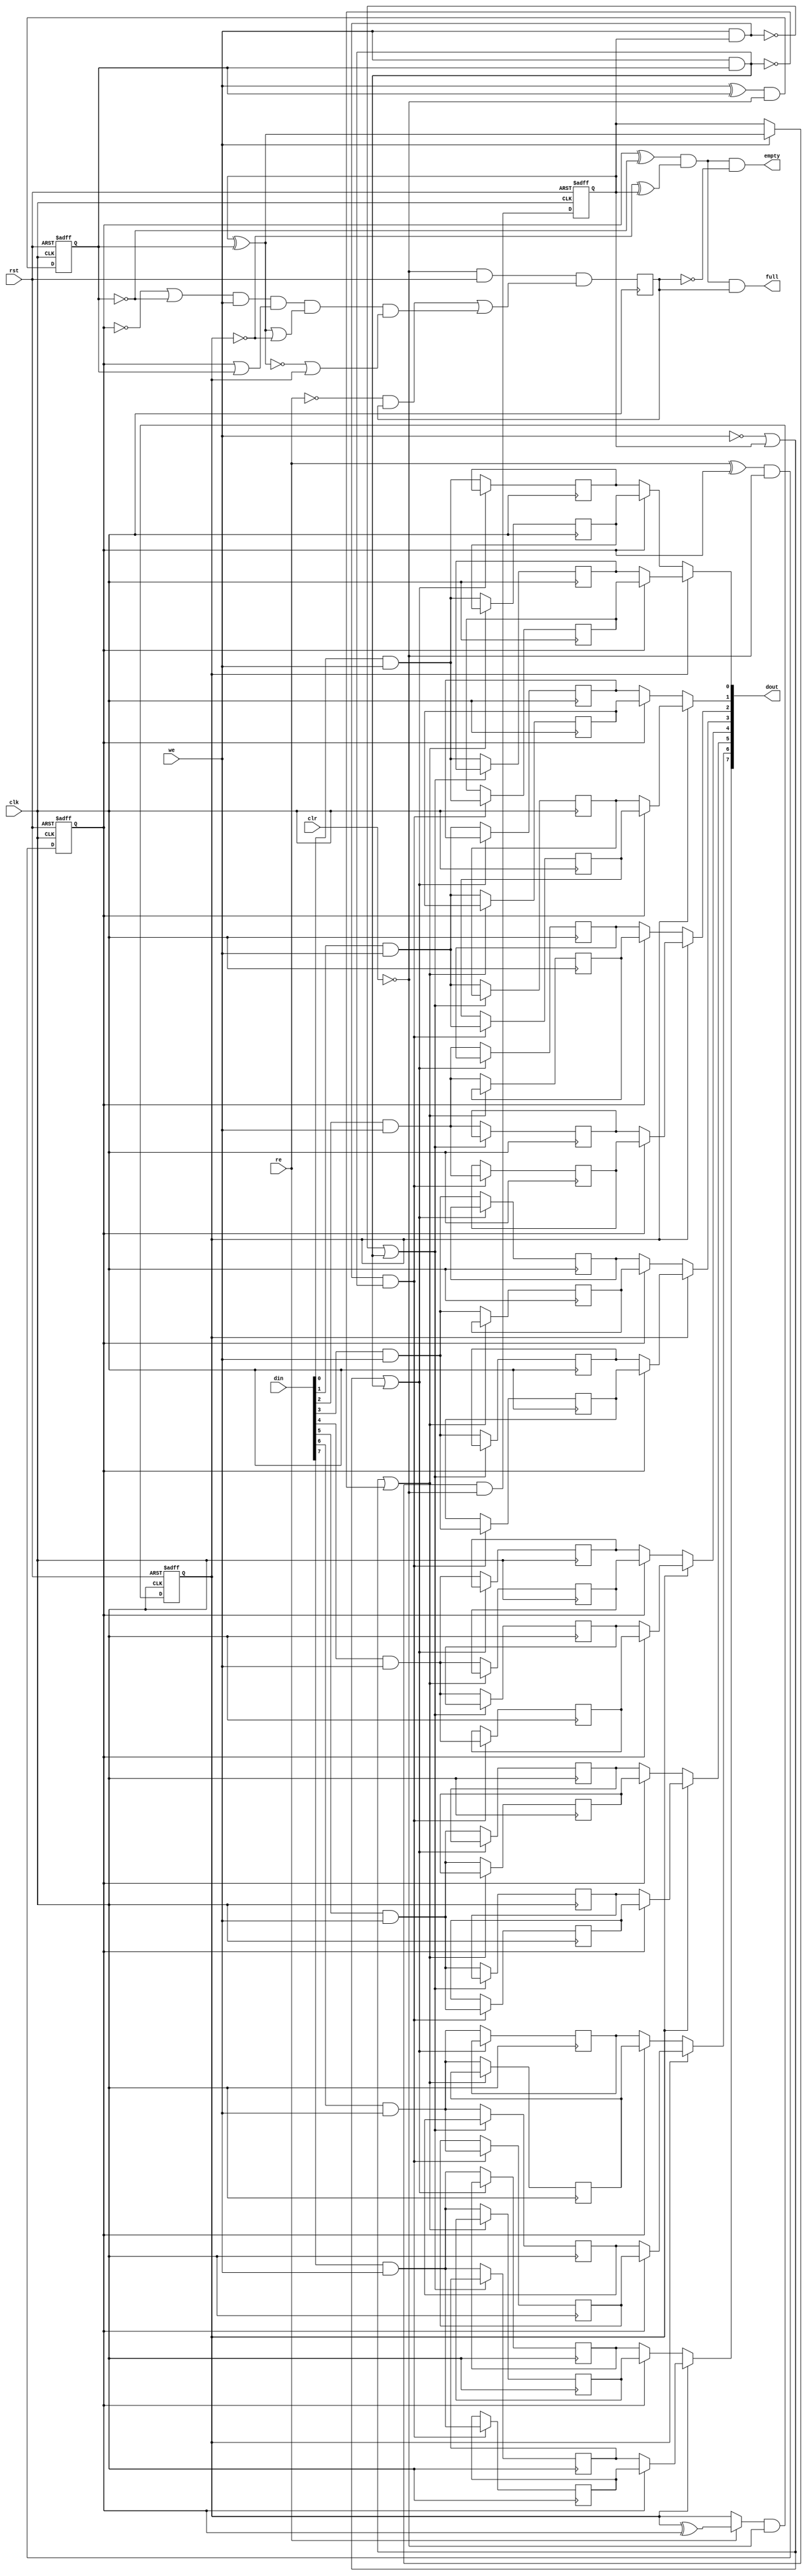
module sasc_fifo4(clk, rst, clr, din, we, dout, re, full, empty);
  wire _000_;
  wire [1:0] _001_;
  wire [1:0] _002_;
  wire _003_;
  wire _004_;
  wire _005_;
  wire _006_;
  wire _007_;
  wire _008_;
  wire _009_;
  wire _010_;
  wire _011_;
  wire _012_;
  wire _013_;
  wire _014_;
  wire _015_;
  wire _016_;
  wire _017_;
  wire _018_;
  wire _019_;
  wire _020_;
  wire _021_;
  wire _022_;
  wire _023_;
  wire _024_;
  wire _025_;
  wire _026_;
  wire _027_;
  wire _028_;
  wire _029_;
  wire _030_;
  wire _031_;
  wire _032_;
  wire _033_;
  wire _034_;
  wire _035_;
  wire _036_;
  wire _037_;
  wire _038_;
  wire _039_;
  wire _040_;
  wire _041_;
  wire _042_;
  wire _043_;
  wire _044_;
  wire _045_;
  wire _046_;
  wire _047_;
  wire _048_;
  wire _049_;
  wire _050_;
  wire _051_;
  wire _052_;
  wire _053_;
  wire _054_;
  wire _055_;
  wire _056_;
  wire _057_;
  wire _058_;
  wire _059_;
  wire _060_;
  wire _061_;
  wire _062_;
  wire _063_;
  wire [7:0] _064_;
  wire [7:0] _065_;
  wire [7:0] _066_;
  wire [7:0] _067_;
  input clk;
  input clr;
  input [7:0] din;
  output [7:0] dout;
  output empty;
  output full;
  reg gb;
  reg [7:0] \mem[0] ;
  reg [7:0] \mem[1] ;
  reg [7:0] \mem[2] ;
  reg [7:0] \mem[3] ;
  input re;
  reg [1:0] rp;
  input rst;
  input we;
  reg [1:0] wp;
  assign _060_ = ~gb;
  assign _061_ = ~rp[1];
  assign _062_ = _061_ ^ wp[1];
  assign _063_ = ~wp[0];
  assign _003_ = rp[0] ^ _063_;
  assign _004_ = _003_ & _062_;
  assign empty = _004_ & _060_;
  assign full = _004_ & gb;
  assign _005_ = rp[0] ? \mem[3] [0] : \mem[2] [0];
  assign _006_ = rp[0] ? \mem[1] [0] : \mem[0] [0];
  assign dout[0] = rp[1] ? _005_ : _006_;
  assign _007_ = rp[0] ? \mem[3] [1] : \mem[2] [1];
  assign _008_ = rp[0] ? \mem[1] [1] : \mem[0] [1];
  assign dout[1] = rp[1] ? _007_ : _008_;
  assign _009_ = rp[0] ? \mem[3] [2] : \mem[2] [2];
  assign _010_ = rp[0] ? \mem[1] [2] : \mem[0] [2];
  assign dout[2] = rp[1] ? _009_ : _010_;
  assign _011_ = rp[0] ? \mem[3] [3] : \mem[2] [3];
  assign _012_ = rp[0] ? \mem[1] [3] : \mem[0] [3];
  assign dout[3] = rp[1] ? _011_ : _012_;
  assign _013_ = rp[0] ? \mem[3] [4] : \mem[2] [4];
  assign _014_ = rp[0] ? \mem[1] [4] : \mem[0] [4];
  assign dout[4] = rp[1] ? _013_ : _014_;
  assign _015_ = rp[0] ? \mem[3] [5] : \mem[2] [5];
  assign _016_ = rp[0] ? \mem[1] [5] : \mem[0] [5];
  assign dout[5] = rp[1] ? _015_ : _016_;
  assign _017_ = rp[0] ? \mem[3] [6] : \mem[2] [6];
  assign _018_ = rp[0] ? \mem[1] [6] : \mem[0] [6];
  assign dout[6] = rp[1] ? _017_ : _018_;
  assign _019_ = rp[0] ? \mem[3] [7] : \mem[2] [7];
  assign _020_ = rp[0] ? \mem[1] [7] : \mem[0] [7];
  assign dout[7] = rp[1] ? _019_ : _020_;
  assign _021_ = we & wp[0];
  assign _022_ = ~we;
  assign _023_ = _022_ | wp[1];
  assign _024_ = _023_ | _021_;
  assign _025_ = din[0] & we;
  assign _064_[0] = _024_ ? \mem[0] [0] : _025_;
  assign _026_ = din[1] & we;
  assign _064_[1] = _024_ ? \mem[0] [1] : _026_;
  assign _027_ = din[2] & we;
  assign _064_[2] = _024_ ? \mem[0] [2] : _027_;
  assign _028_ = din[3] & we;
  assign _064_[3] = _024_ ? \mem[0] [3] : _028_;
  assign _029_ = din[4] & we;
  assign _064_[4] = _024_ ? \mem[0] [4] : _029_;
  assign _030_ = din[5] & we;
  assign _064_[5] = _024_ ? \mem[0] [5] : _030_;
  assign _031_ = din[6] & we;
  assign _064_[6] = _024_ ? \mem[0] [6] : _031_;
  assign _032_ = din[7] & we;
  assign _064_[7] = _024_ ? \mem[0] [7] : _032_;
  assign _033_ = ~_021_;
  assign _034_ = _023_ | _033_;
  assign _065_[0] = _034_ ? \mem[1] [0] : _025_;
  assign _065_[1] = _034_ ? \mem[1] [1] : _026_;
  assign _065_[2] = _034_ ? \mem[1] [2] : _027_;
  assign _065_[3] = _034_ ? \mem[1] [3] : _028_;
  assign _065_[4] = _034_ ? \mem[1] [4] : _029_;
  assign _065_[5] = _034_ ? \mem[1] [5] : _030_;
  assign _065_[6] = _034_ ? \mem[1] [6] : _031_;
  assign _065_[7] = _034_ ? \mem[1] [7] : _032_;
  assign _035_ = we & wp[1];
  assign _036_ = ~_035_;
  assign _037_ = _036_ | _021_;
  assign _066_[0] = _037_ ? \mem[2] [0] : _025_;
  assign _066_[1] = _037_ ? \mem[2] [1] : _026_;
  assign _066_[2] = _037_ ? \mem[2] [2] : _027_;
  assign _066_[3] = _037_ ? \mem[2] [3] : _028_;
  assign _066_[4] = _037_ ? \mem[2] [4] : _029_;
  assign _066_[5] = _037_ ? \mem[2] [5] : _030_;
  assign _066_[6] = _037_ ? \mem[2] [6] : _031_;
  assign _066_[7] = _037_ ? \mem[2] [7] : _032_;
  assign _038_ = _035_ & _021_;
  assign _067_[0] = _038_ ? _025_ : \mem[3] [0];
  assign _067_[1] = _038_ ? _026_ : \mem[3] [1];
  assign _067_[2] = _038_ ? _027_ : \mem[3] [2];
  assign _067_[3] = _038_ ? _028_ : \mem[3] [3];
  assign _067_[4] = _038_ ? _029_ : \mem[3] [4];
  assign _067_[5] = _038_ ? _030_ : \mem[3] [5];
  assign _067_[6] = _038_ ? _031_ : \mem[3] [6];
  assign _067_[7] = _038_ ? _032_ : \mem[3] [7];
  assign _039_ = ~clr;
  assign _040_ = re ^ rp[0];
  assign _001_[0] = _040_ & _039_;
  assign _041_ = ~re;
  assign _042_ = rp[1] ^ rp[0];
  assign _043_ = _041_ ? rp[1] : _042_;
  assign _001_[1] = _043_ & _039_;
  assign _044_ = wp[1] ^ wp[0];
  assign _045_ = ~_044_;
  assign _046_ = _045_ | rp[1];
  assign _047_ = _044_ | _061_;
  assign _048_ = rp[0] | wp[0];
  assign _049_ = ~rp[0];
  assign _050_ = _049_ | _063_;
  assign _051_ = _050_ & we;
  assign _052_ = _051_ & _048_;
  assign _053_ = _052_ & _047_;
  assign _054_ = _053_ & _046_;
  assign _055_ = _041_ & gb;
  assign _056_ = _055_ | _054_;
  assign _057_ = _039_ & rst;
  assign _000_ = _057_ & _056_;
  assign _058_ = we ^ wp[0];
  assign _002_[0] = _058_ & _039_;
  assign _059_ = _022_ ? wp[1] : _044_;
  assign _002_[1] = _059_ & _039_;
  always @(posedge clk)
      \mem[0] [0] <= _064_[0];
  always @(posedge clk)
      \mem[0] [1] <= _064_[1];
  always @(posedge clk)
      \mem[0] [2] <= _064_[2];
  always @(posedge clk)
      \mem[0] [3] <= _064_[3];
  always @(posedge clk)
      \mem[0] [4] <= _064_[4];
  always @(posedge clk)
      \mem[0] [5] <= _064_[5];
  always @(posedge clk)
      \mem[0] [6] <= _064_[6];
  always @(posedge clk)
      \mem[0] [7] <= _064_[7];
  always @(posedge clk)
      \mem[1] [0] <= _065_[0];
  always @(posedge clk)
      \mem[1] [1] <= _065_[1];
  always @(posedge clk)
      \mem[1] [2] <= _065_[2];
  always @(posedge clk)
      \mem[1] [3] <= _065_[3];
  always @(posedge clk)
      \mem[1] [4] <= _065_[4];
  always @(posedge clk)
      \mem[1] [5] <= _065_[5];
  always @(posedge clk)
      \mem[1] [6] <= _065_[6];
  always @(posedge clk)
      \mem[1] [7] <= _065_[7];
  always @(posedge clk)
      \mem[2] [0] <= _066_[0];
  always @(posedge clk)
      \mem[2] [1] <= _066_[1];
  always @(posedge clk)
      \mem[2] [2] <= _066_[2];
  always @(posedge clk)
      \mem[2] [3] <= _066_[3];
  always @(posedge clk)
      \mem[2] [4] <= _066_[4];
  always @(posedge clk)
      \mem[2] [5] <= _066_[5];
  always @(posedge clk)
      \mem[2] [6] <= _066_[6];
  always @(posedge clk)
      \mem[2] [7] <= _066_[7];
  always @(posedge clk)
      \mem[3] [0] <= _067_[0];
  always @(posedge clk)
      \mem[3] [1] <= _067_[1];
  always @(posedge clk)
      \mem[3] [2] <= _067_[2];
  always @(posedge clk)
      \mem[3] [3] <= _067_[3];
  always @(posedge clk)
      \mem[3] [4] <= _067_[4];
  always @(posedge clk)
      \mem[3] [5] <= _067_[5];
  always @(posedge clk)
      \mem[3] [6] <= _067_[6];
  always @(posedge clk)
      \mem[3] [7] <= _067_[7];
  always @(posedge clk or negedge rst)
    if (!rst)
      rp[0] <= 0;
    else
      rp[0] <= _001_[0];
  always @(posedge clk or negedge rst)
    if (!rst)
      rp[1] <= 0;
    else
      rp[1] <= _001_[1];
  always @(posedge clk)
      gb <= _000_;
  always @(posedge clk or negedge rst)
    if (!rst)
      wp[0] <= 0;
    else
      wp[0] <= _002_[0];
  always @(posedge clk or negedge rst)
    if (!rst)
      wp[1] <= 0;
    else
      wp[1] <= _002_[1];
endmodule

module sasc_top(clk, rst, rxd_i, txd_o, cts_i, rts_o, sio_ce, sio_ce_x4, din_i, dout_o, re_i, we_i, full_o, empty_o);
  wire _000_;
  wire [1:0] _001_;
  wire [9:0] _002_;
  wire _003_;
  wire [3:0] _004_;
  wire _005_;
  wire _006_;
  wire _007_;
  wire [9:0] _008_;
  wire _009_;
  wire _010_;
  wire [3:0] _011_;
  wire _012_;
  wire _013_;
  wire _014_;
  wire _015_;
  wire _016_;
  wire _017_;
  wire _018_;
  wire _019_;
  wire _020_;
  wire _021_;
  wire _022_;
  wire _023_;
  wire _024_;
  wire _025_;
  wire _026_;
  wire _027_;
  wire _028_;
  wire _029_;
  wire _030_;
  wire _031_;
  wire _032_;
  wire _033_;
  wire _034_;
  wire _035_;
  wire _036_;
  wire _037_;
  wire _038_;
  wire _039_;
  wire _040_;
  wire _041_;
  wire _042_;
  wire _043_;
  wire _044_;
  wire _045_;
  wire _046_;
  wire _047_;
  wire _048_;
  wire _049_;
  wire _050_;
  wire _051_;
  wire _052_;
  wire _053_;
  wire _054_;
  wire _055_;
  wire _056_;
  wire _057_;
  wire _058_;
  wire _059_;
  wire _060_;
  wire _061_;
  wire _062_;
  wire _063_;
  wire _064_;
  wire _065_;
  wire _066_;
  wire _067_;
  wire _068_;
  wire _069_;
  wire _070_;
  wire _071_;
  wire _072_;
  wire _073_;
  wire _074_;
  wire _075_;
  wire _076_;
  wire _077_;
  wire _078_;
  wire _079_;
  wire _080_;
  wire _081_;
  wire _082_;
  wire _083_;
  wire _084_;
  wire _085_;
  wire _086_;
  wire _087_;
  wire _088_;
  wire _089_;
  wire _090_;
  wire _091_;
  wire _092_;
  wire _093_;
  wire _094_;
  wire _095_;
  wire _096_;
  wire _097_;
  wire _098_;
  wire _099_;
  reg change;
  input clk;
  input cts_i;
  input [7:0] din_i;
  output [7:0] dout_o;
  reg [1:0] dpll_state;
  output empty_o;
  output full_o;
  reg [9:0] hold_reg;
  reg load;
  wire load_e;
  input re_i;
  input rst;
  output rts_o;
  reg rts_o;
  reg [3:0] rx_bit_cnt;
  reg rx_go;
  reg rx_sio_ce;
  wire rx_sio_ce_d;
  reg rx_sio_ce_r1;
  reg rx_sio_ce_r2;
  reg rx_valid;
  reg rx_valid_r;
  wire rx_we;
  input rxd_i;
  reg rxd_r;
  reg rxd_s;
  wire rxf_full;
  wire [9:0] rxr;
  reg shift_en;
  reg shift_en_r;
  input sio_ce;
  input sio_ce_x4;
  reg [3:0] tx_bit_cnt;
  output txd_o;
  reg txd_o;
  wire [7:0] txd_p;
  wire txf_empty;
  reg txf_empty_r;
  input we_i;
  assign _096_ = ~cts_i;
  assign _097_ = ~shift_en;
  assign _098_ = ~txf_empty_r;
  assign _099_ = _098_ & _097_;
  assign _003_ = _099_ & _096_;
  assign load_e = load & sio_ce;
  assign _014_ = ~rxf_full;
  assign _015_ = ~rx_valid_r;
  assign _016_ = _015_ & rx_valid;
  assign rx_we = _016_ & _014_;
  assign _017_ = ~rx_sio_ce_r2;
  assign _006_ = _017_ & rx_sio_ce_r1;
  assign _018_ = ~rst;
  assign _019_ = sio_ce ? txf_empty : txf_empty_r;
  assign _013_ = _019_ | _018_;
  assign _020_ = ~load_e;
  assign _021_ = shift_en & sio_ce;
  assign _022_ = _021_ ? hold_reg[1] : hold_reg[0];
  assign _002_[0] = _022_ & _020_;
  assign _023_ = _021_ ? hold_reg[2] : hold_reg[1];
  assign _002_[1] = load_e ? txd_p[0] : _023_;
  assign _024_ = _021_ ? hold_reg[3] : hold_reg[2];
  assign _002_[2] = load_e ? txd_p[1] : _024_;
  assign _025_ = _021_ ? hold_reg[4] : hold_reg[3];
  assign _002_[3] = load_e ? txd_p[2] : _025_;
  assign _026_ = _021_ ? hold_reg[5] : hold_reg[4];
  assign _002_[4] = load_e ? txd_p[3] : _026_;
  assign _027_ = _021_ ? hold_reg[6] : hold_reg[5];
  assign _002_[5] = load_e ? txd_p[4] : _027_;
  assign _028_ = _021_ ? hold_reg[7] : hold_reg[6];
  assign _002_[6] = load_e ? txd_p[5] : _028_;
  assign _029_ = _021_ ? hold_reg[8] : hold_reg[7];
  assign _002_[7] = load_e ? txd_p[6] : _029_;
  assign _030_ = _021_ ? hold_reg[9] : hold_reg[8];
  assign _002_[8] = load_e ? txd_p[7] : _030_;
  assign _031_ = _021_ | hold_reg[9];
  assign _002_[9] = _031_ | load_e;
  assign _032_ = ~shift_en_r;
  assign _033_ = _032_ & _097_;
  assign _034_ = _033_ | hold_reg[0];
  assign _035_ = sio_ce ? _034_ : txd_o;
  assign _012_ = _035_ | _018_;
  assign _036_ = _021_ ^ tx_bit_cnt[0];
  assign _037_ = _020_ & rst;
  assign _038_ = _037_ & _036_;
  assign _011_[0] = _038_ | _018_;
  assign _039_ = tx_bit_cnt[1] ^ tx_bit_cnt[0];
  assign _040_ = _021_ ? _039_ : tx_bit_cnt[1];
  assign _011_[1] = _040_ & _037_;
  assign _041_ = ~_021_;
  assign _042_ = tx_bit_cnt[1] & tx_bit_cnt[0];
  assign _043_ = _042_ ^ tx_bit_cnt[2];
  assign _044_ = _041_ ? tx_bit_cnt[2] : _043_;
  assign _011_[2] = _044_ & _037_;
  assign _045_ = _042_ & tx_bit_cnt[2];
  assign _046_ = _045_ ^ tx_bit_cnt[3];
  assign _047_ = _041_ ? tx_bit_cnt[3] : _046_;
  assign _048_ = _047_ & _037_;
  assign _011_[3] = _048_ | _018_;
  assign _049_ = sio_ce ? shift_en : shift_en_r;
  assign _010_ = _049_ & rst;
  assign _050_ = rx_go & rx_sio_ce;
  assign _051_ = _050_ ^ rx_bit_cnt[0];
  assign _052_ = ~rxd_r;
  assign _053_ = rxd_s | _052_;
  assign _054_ = _053_ | rx_go;
  assign _055_ = _054_ & rst;
  assign _004_[0] = _055_ & _051_;
  assign _056_ = rx_bit_cnt[1] ^ rx_bit_cnt[0];
  assign _057_ = _050_ ? _056_ : rx_bit_cnt[1];
  assign _058_ = _057_ & _055_;
  assign _004_[1] = _058_ | _018_;
  assign _059_ = ~_050_;
  assign _060_ = rx_bit_cnt[1] & rx_bit_cnt[0];
  assign _061_ = _060_ ^ rx_bit_cnt[2];
  assign _062_ = _059_ ? rx_bit_cnt[2] : _061_;
  assign _004_[2] = _062_ & _055_;
  assign _063_ = _060_ & rx_bit_cnt[2];
  assign _064_ = _063_ ^ rx_bit_cnt[3];
  assign _065_ = _059_ ? rx_bit_cnt[3] : _064_;
  assign _066_ = _065_ & _055_;
  assign _004_[3] = _066_ | _018_;
  assign _008_[2] = _050_ ? rxr[3] : rxr[2];
  assign _008_[3] = _050_ ? rxr[4] : rxr[3];
  assign _008_[4] = _050_ ? rxr[5] : rxr[4];
  assign _008_[5] = _050_ ? rxr[6] : rxr[5];
  assign _008_[6] = _050_ ? rxr[7] : rxr[6];
  assign _008_[7] = _050_ ? rxr[8] : rxr[7];
  assign _008_[8] = _050_ ? rxr[9] : rxr[8];
  assign _008_[9] = _050_ ? rxd_s : rxr[9];
  assign _067_ = rxd_s ^ rxd_r;
  assign _068_ = ~sio_ce_x4;
  assign _069_ = change & _068_;
  assign _070_ = _069_ | _067_;
  assign _000_ = _070_ & rst;
  assign _071_ = ~change;
  assign _072_ = ~dpll_state[0];
  assign _073_ = dpll_state[1] & _072_;
  assign _074_ = _073_ & _071_;
  assign _075_ = ~dpll_state[1];
  assign _076_ = _075_ & _072_;
  assign rx_sio_ce_d = _075_ & dpll_state[0];
  assign _077_ = _071_ ? _076_ : rx_sio_ce_d;
  assign _078_ = _077_ | _074_;
  assign _079_ = _075_ | _072_;
  assign _080_ = _079_ & sio_ce_x4;
  assign _081_ = _080_ & _078_;
  assign _082_ = dpll_state[0] & _068_;
  assign _001_[0] = _082_ | _081_;
  assign _083_ = rx_sio_ce_d | _074_;
  assign _084_ = _083_ & _080_;
  assign _085_ = dpll_state[1] & _068_;
  assign _001_[1] = _085_ | _084_;
  assign _086_ = ~rx_bit_cnt[1];
  assign _087_ = _086_ & rx_bit_cnt[0];
  assign _088_ = ~rx_bit_cnt[2];
  assign _089_ = rx_bit_cnt[3] & _088_;
  assign _007_ = _089_ & _087_;
  assign _090_ = ~tx_bit_cnt[0];
  assign _091_ = tx_bit_cnt[1] | _090_;
  assign _092_ = ~tx_bit_cnt[3];
  assign _093_ = _092_ | tx_bit_cnt[2];
  assign _009_ = _093_ | _091_;
  assign _094_ = _086_ | rx_bit_cnt[0];
  assign _095_ = ~_089_;
  assign _005_ = _095_ | _094_;
  always @(posedge clk)
      txf_empty_r <= _013_;
  always @(posedge clk)
      load <= _003_;
  always @(posedge clk)
      hold_reg[0] <= _002_[0];
  always @(posedge clk)
      hold_reg[1] <= _002_[1];
  always @(posedge clk)
      hold_reg[2] <= _002_[2];
  always @(posedge clk)
      hold_reg[3] <= _002_[3];
  always @(posedge clk)
      hold_reg[4] <= _002_[4];
  always @(posedge clk)
      hold_reg[5] <= _002_[5];
  always @(posedge clk)
      hold_reg[6] <= _002_[6];
  always @(posedge clk)
      hold_reg[7] <= _002_[7];
  always @(posedge clk)
      hold_reg[8] <= _002_[8];
  always @(posedge clk)
      hold_reg[9] <= _002_[9];
  always @(posedge clk)
      txd_o <= _012_;
  always @(posedge clk)
      tx_bit_cnt[0] <= _011_[0];
  always @(posedge clk)
      tx_bit_cnt[1] <= _011_[1];
  always @(posedge clk)
      tx_bit_cnt[2] <= _011_[2];
  always @(posedge clk)
      tx_bit_cnt[3] <= _011_[3];
  always @(posedge clk)
      shift_en <= _009_;
  always @(posedge clk)
      shift_en_r <= _010_;
  always @(posedge clk)
      rxd_s <= rxd_i;
  always @(posedge clk)
      rxd_r <= rxd_s;
  always @(posedge clk)
      rx_bit_cnt[0] <= _004_[0];
  always @(posedge clk)
      rx_bit_cnt[1] <= _004_[1];
  always @(posedge clk)
      rx_bit_cnt[2] <= _004_[2];
  always @(posedge clk)
      rx_bit_cnt[3] <= _004_[3];
  always @(posedge clk)
      rx_go <= _005_;
  always @(posedge clk)
      rx_valid <= _007_;
  always @(posedge clk)
      rx_valid_r <= rx_valid;
  reg \rxr_reg[2] ;
  always @(posedge clk)
      \rxr_reg[2]  <= _008_[2];
  assign rxr[2] = \rxr_reg[2] ;
  reg \rxr_reg[3] ;
  always @(posedge clk)
      \rxr_reg[3]  <= _008_[3];
  assign rxr[3] = \rxr_reg[3] ;
  reg \rxr_reg[4] ;
  always @(posedge clk)
      \rxr_reg[4]  <= _008_[4];
  assign rxr[4] = \rxr_reg[4] ;
  reg \rxr_reg[5] ;
  always @(posedge clk)
      \rxr_reg[5]  <= _008_[5];
  assign rxr[5] = \rxr_reg[5] ;
  reg \rxr_reg[6] ;
  always @(posedge clk)
      \rxr_reg[6]  <= _008_[6];
  assign rxr[6] = \rxr_reg[6] ;
  reg \rxr_reg[7] ;
  always @(posedge clk)
      \rxr_reg[7]  <= _008_[7];
  assign rxr[7] = \rxr_reg[7] ;
  reg \rxr_reg[8] ;
  always @(posedge clk)
      \rxr_reg[8]  <= _008_[8];
  assign rxr[8] = \rxr_reg[8] ;
  reg \rxr_reg[9] ;
  always @(posedge clk)
      \rxr_reg[9]  <= _008_[9];
  assign rxr[9] = \rxr_reg[9] ;
  always @(posedge clk)
      rts_o <= rxf_full;
  always @(posedge clk)
      change <= _000_;
  always @(posedge clk or negedge rst)
    if (!rst)
      dpll_state[0] <= 1;
    else
      dpll_state[0] <= _001_[0];
  always @(posedge clk or negedge rst)
    if (!rst)
      dpll_state[1] <= 0;
    else
      dpll_state[1] <= _001_[1];
  always @(posedge clk)
      rx_sio_ce_r1 <= rx_sio_ce_d;
  always @(posedge clk)
      rx_sio_ce_r2 <= rx_sio_ce_r1;
  always @(posedge clk)
      rx_sio_ce <= _006_;
  sasc_fifo4 rx_fifo (
    .clk(clk),
    .clr(1'b0),
    .din(rxr[9:2]),
    .dout(dout_o),
    .empty(empty_o),
    .full(rxf_full),
    .re(re_i),
    .rst(rst),
    .we(rx_we)
  );
  sasc_fifo4 tx_fifo (
    .clk(clk),
    .clr(1'b0),
    .din(din_i),
    .dout(txd_p),
    .empty(txf_empty),
    .full(full_o),
    .re(load_e),
    .rst(rst),
    .we(we_i)
  );
endmodule